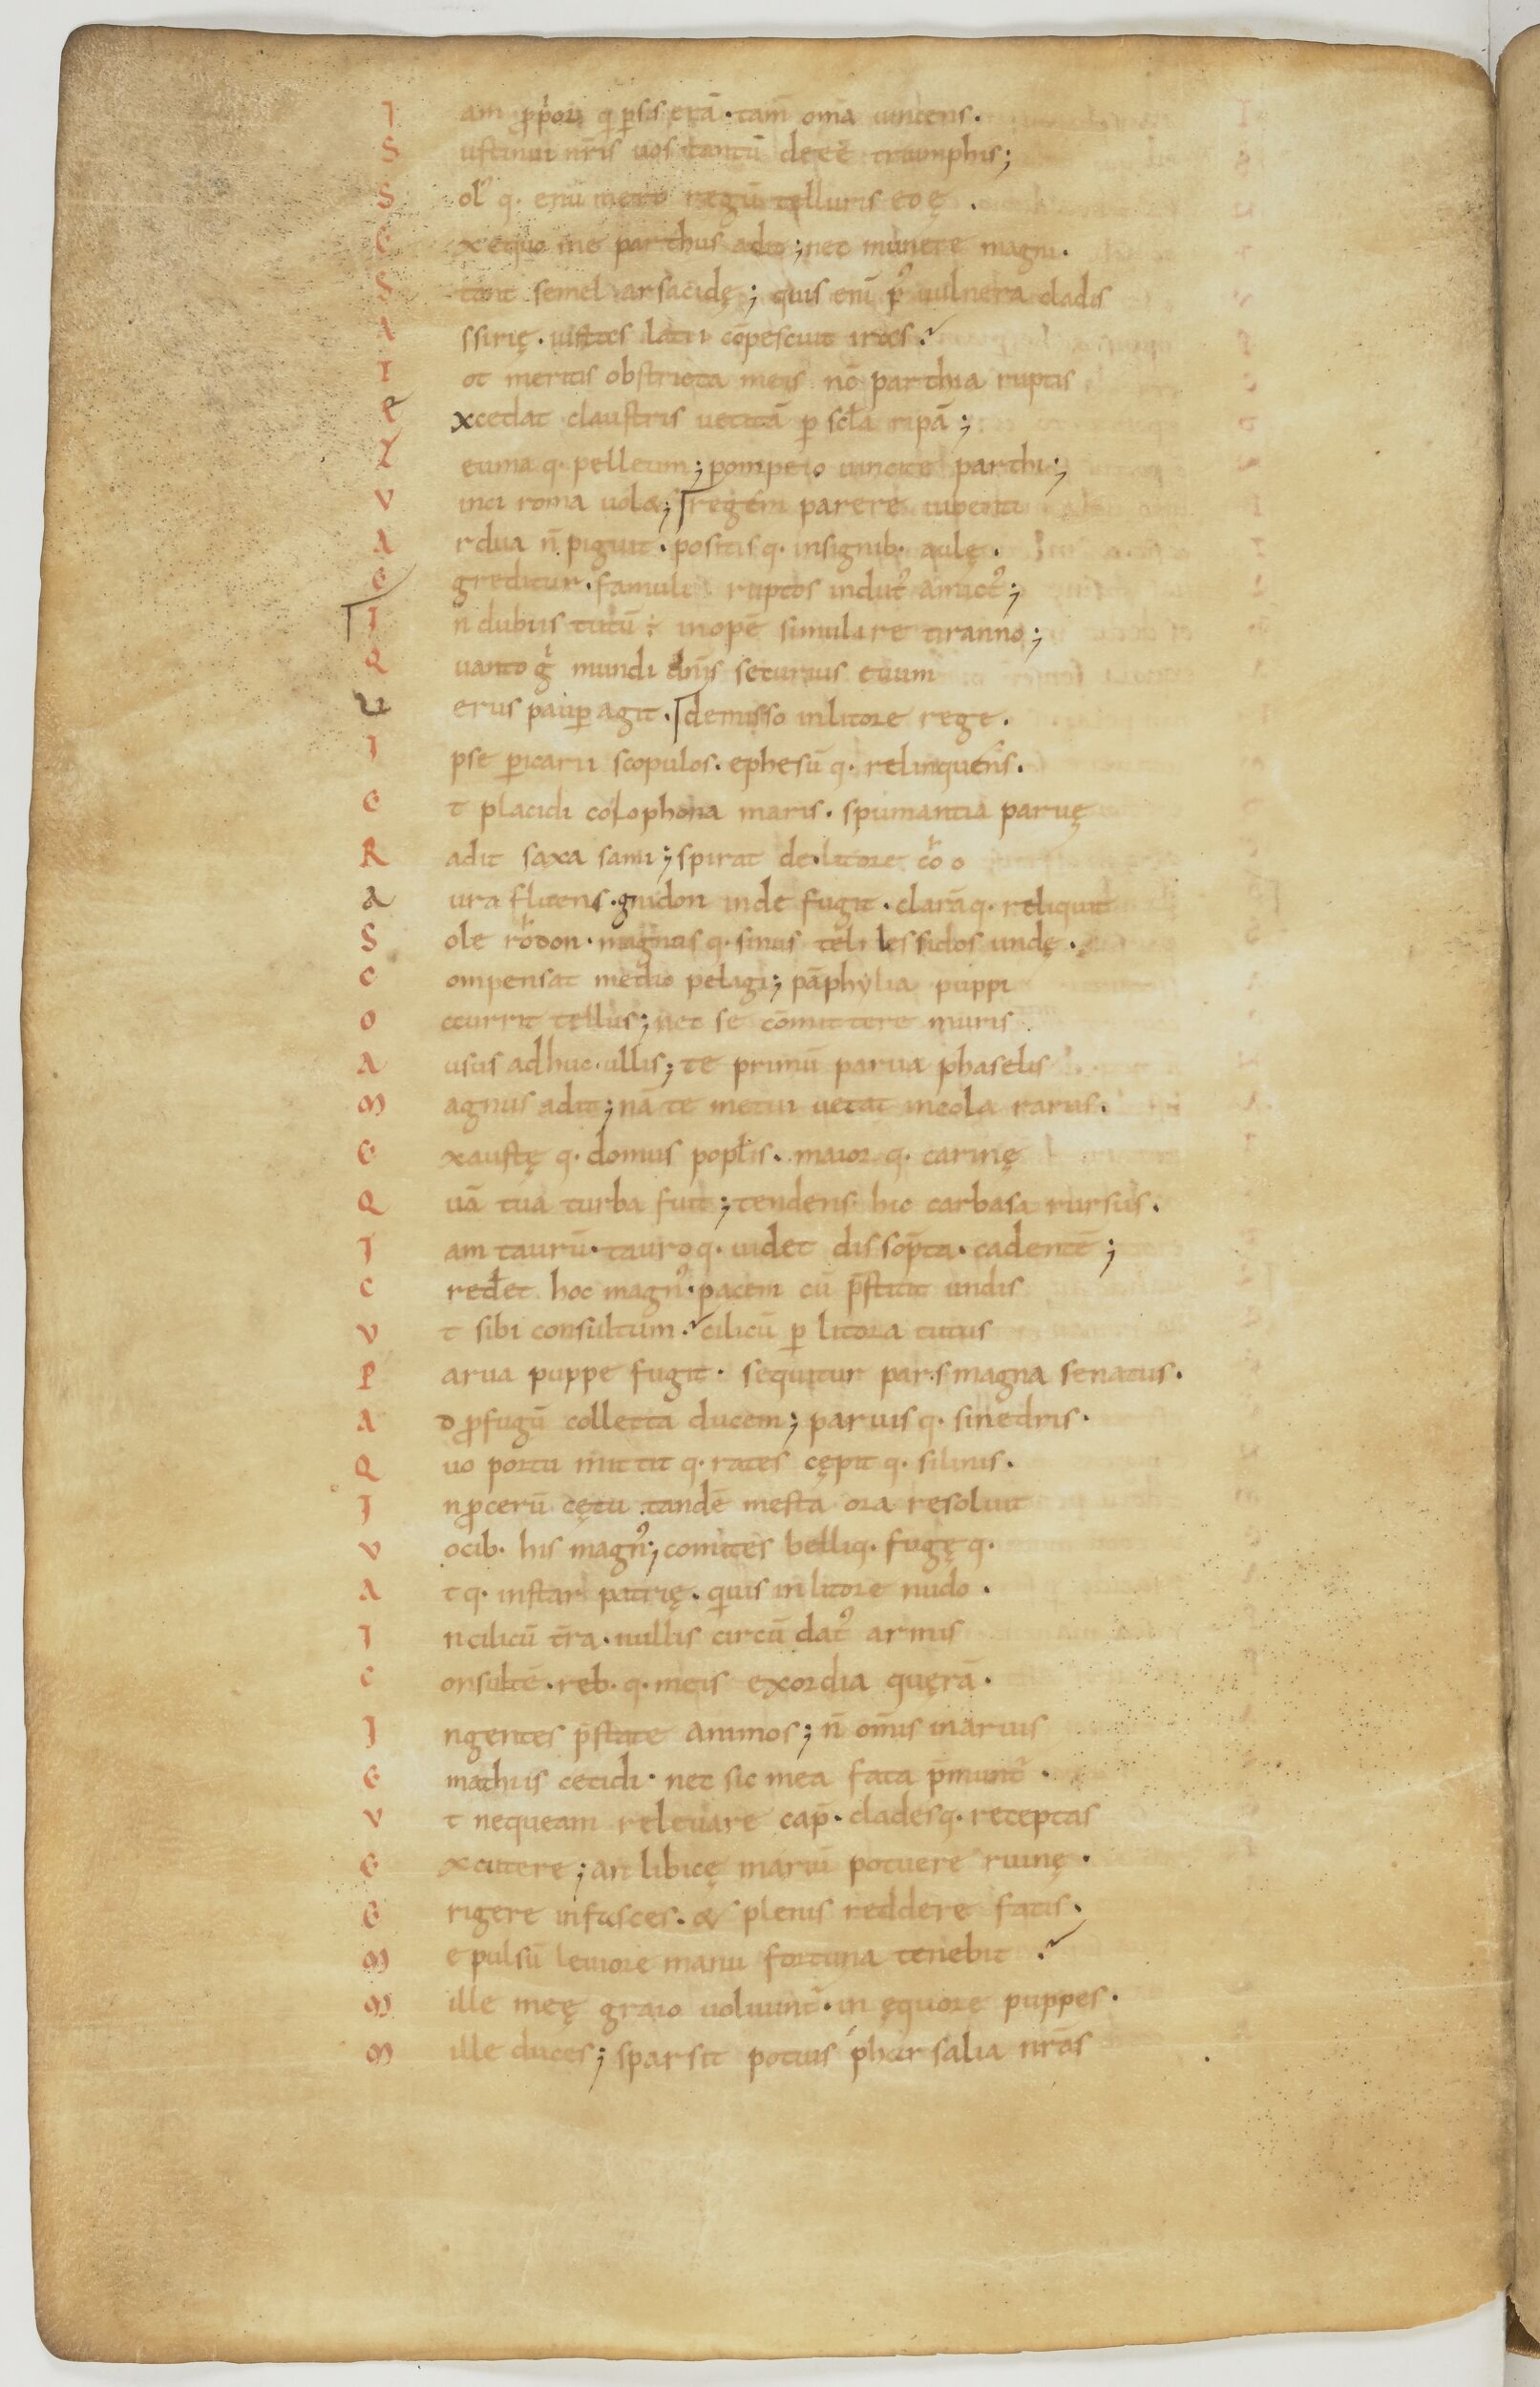
Shelfmark: Paris, BnF, lat. 17901
Century: 11